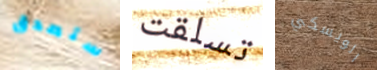
ستصدق تسلقت الويسكي